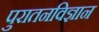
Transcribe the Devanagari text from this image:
पुरातनविज्ञान